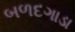
બળદગાડા